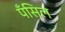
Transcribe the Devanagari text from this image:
पॅंसिल